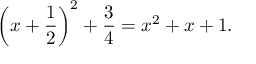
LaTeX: \left( x + { \frac { 1 } { 2 } } \right) ^ { 2 } + { \frac { 3 } { 4 } } = x ^ { 2 } + x + 1 .